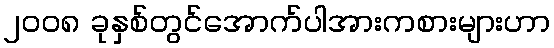
၂၀၀၈ ခုနှစ်တွင်အောက်ပါအားကစားများဟာ